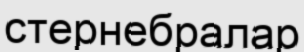
стернебралар